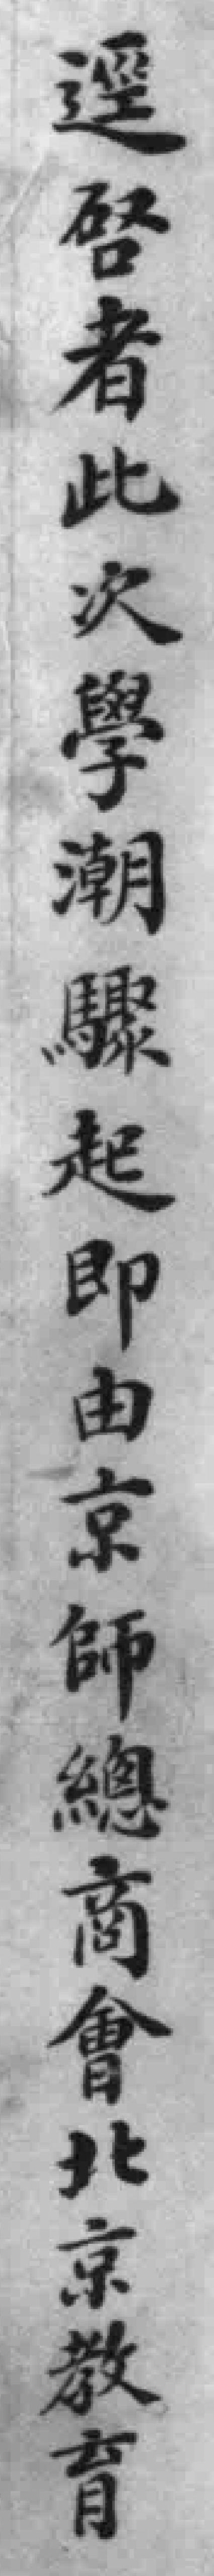
逕啓者此次學潮驟起即由京師總商會北京教育